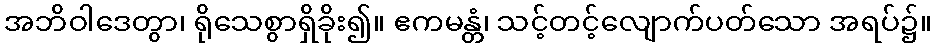
အဘိဝါဒေတွာ၊ ရိုသေစွာရှိခိုး၍။ ဧကမန္တံ၊ သင့်တင့်လျောက်ပတ်သော အရပ်၌။